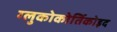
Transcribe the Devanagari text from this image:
ग्लुकोकोर्तिकोइद